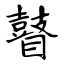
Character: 瞽